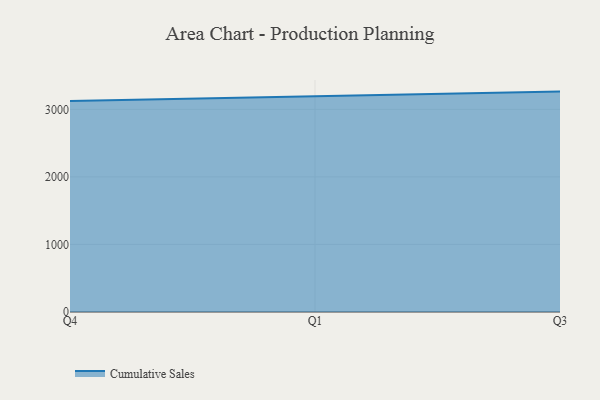
{"axis": {"x": "Quarter", "y": "Latency (ms)"}, "legend": ["Cumulative Sales"], "data": [{"x": "Q4", "y": 3122.1, "type": "Cumulative Sales"}, {"x": "Q1", "y": 3193.8, "type": "Cumulative Sales"}, {"x": "Q3", "y": 3262.8, "type": "Cumulative Sales"}]}